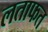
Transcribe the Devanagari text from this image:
लताफत